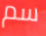
سم